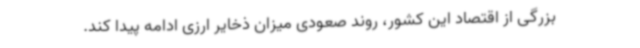
بزرگی از اقتصاد این کشور، روند صعودی میزان ذخایر ارزی ادامه پیدا کند.